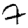
Digit: 7